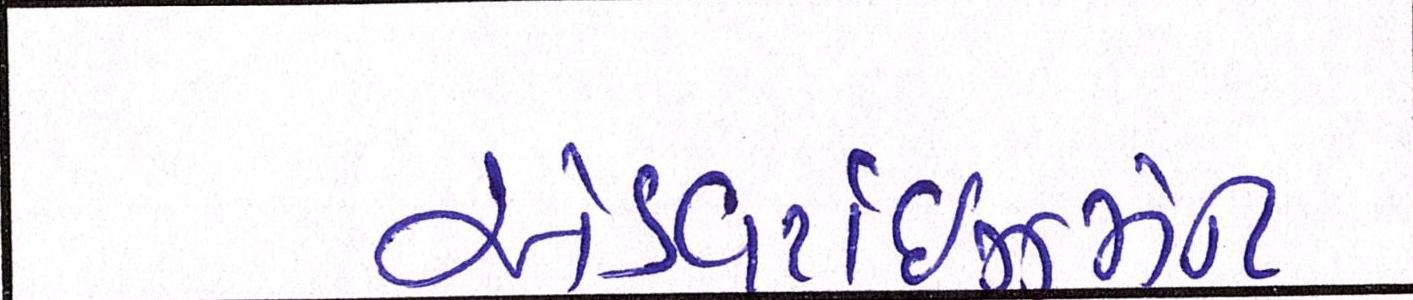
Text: એડવર્ટાઇઝમેન્ટ